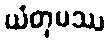
ယံတုမဿ